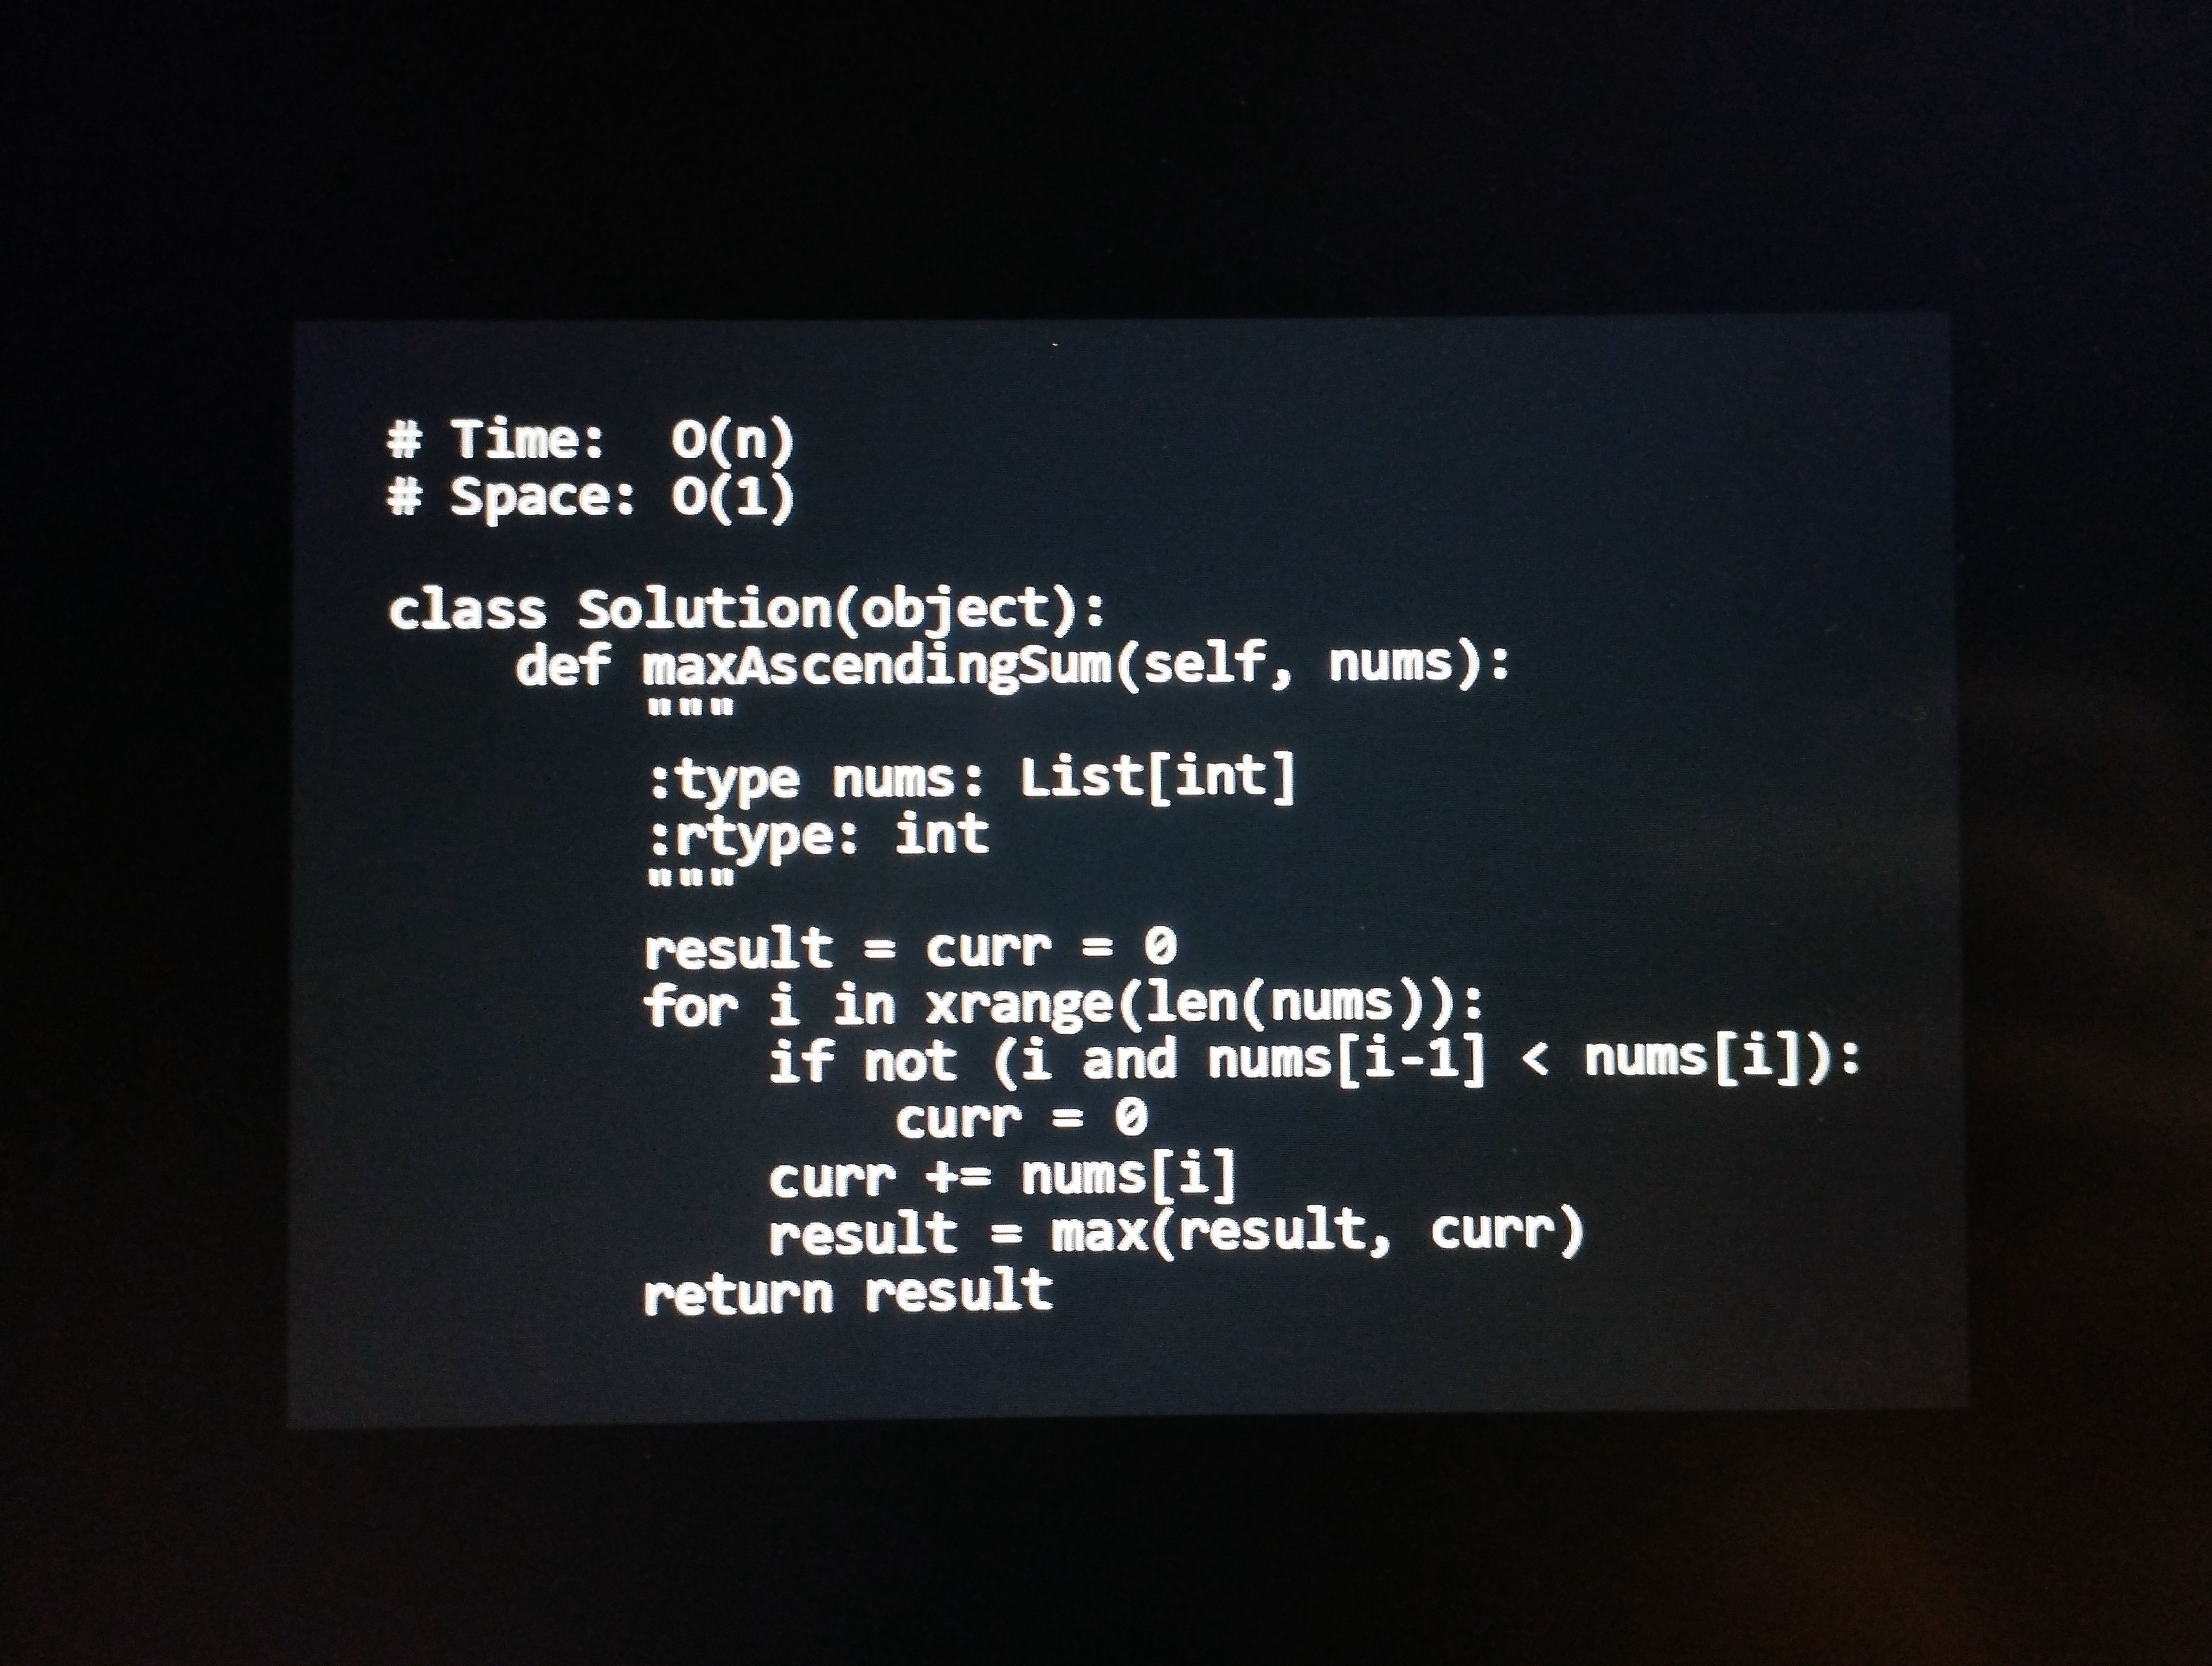
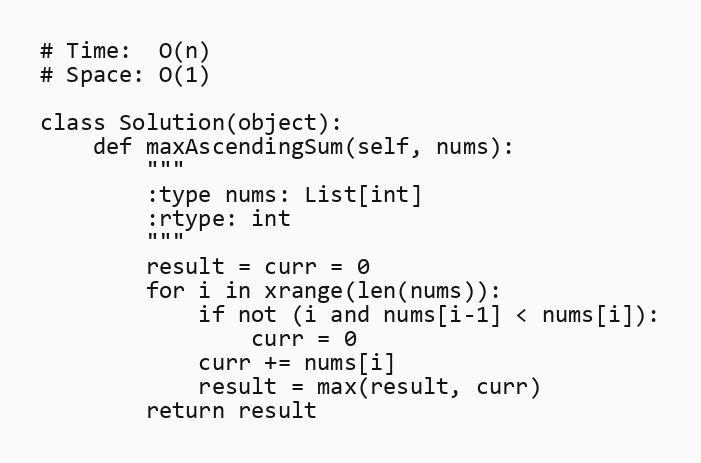
# Time:  O(n)
# Space: O(1)

class Solution(object):
    def maxAscendingSum(self, nums):
        """
        :type nums: List[int]
        :rtype: int
        """
        result = curr = 0
        for i in xrange(len(nums)):
            if not (i and nums[i-1] < nums[i]):
                curr = 0
            curr += nums[i]
            result = max(result, curr)
        return result